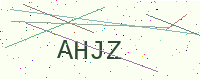
Text: AHJZ